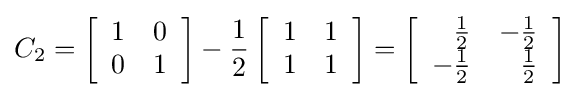
C_{2}=\left[{\begin{array}{rrr}1&0\\0&1\end{array}}\right]-{\frac {1}{2}}\left[{\begin{array}{rrr}1&1\\1&1\end{array}}\right]=\left[{\begin{array}{rrr}{\frac {1}{2}}&-{\frac {1}{2}}\\-{\frac {1}{2}}&{\frac {1}{2}}\end{array}}\right]